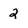
Character: 2